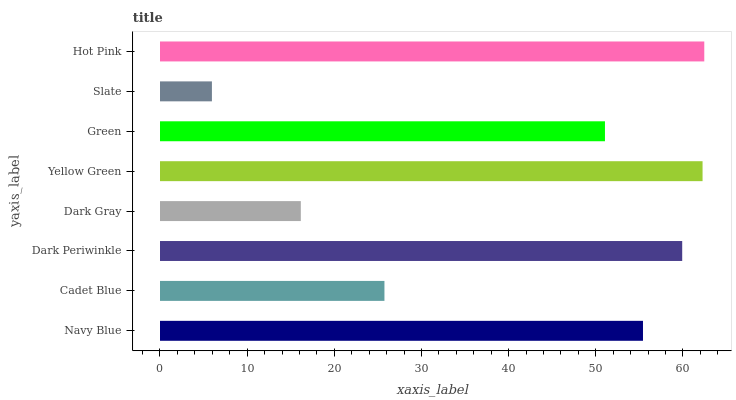
| yaxis_label | bars |
 | --- | --- |
 | Navy Blue | 55.4 |
 | Cadet Blue | 25.8 |
 | Dark Periwinkle | 59.9 |
 | Dark Gray | 16.2 |
 | Yellow Green | 62.3 |
 | Green | 51.1 |
 | Slate | 5.96 |
 | Hot Pink | 62.5 |